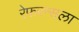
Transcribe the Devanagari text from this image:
रेफरन्सला